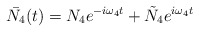
\begin{align*}\bar{N_4}(t) = N_4 e^{-i\omega_4 t} + \tilde N_4 e^{i\omega_4 t}\end{align*}